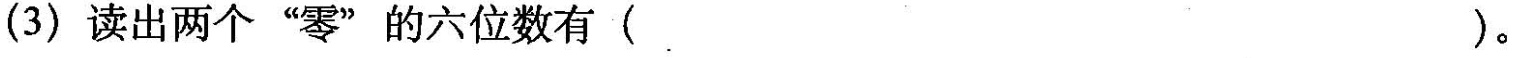
(3)读出两个”零”的六位数有( )。